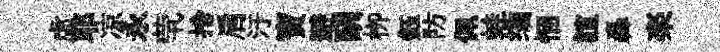
虛耶凉永茕捨肩汙寶避酬栁鈺防佩蛙编悃誼轟楽